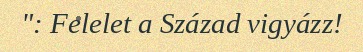
": Felelet a Század vigyázz!